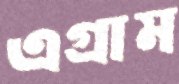
এগ্রাম